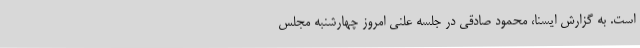
است. به گزارش ایسنا، محمود صادقی در جلسه علنی امروز چهارشنبه مجلس